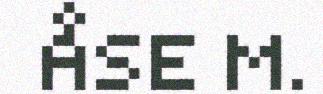
ÅSE M.